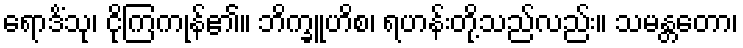
ရောဒိံသု၊ ငိုကြကုန်၏။ ဘိက္ခူဟိစ၊ ရဟန်းတို့သည်လည်း။ သမန္တတော၊